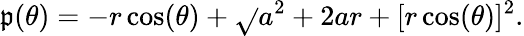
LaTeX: \mathfrak{p}(\theta)=-r\cos(\theta)+\sqrt{}{{a^{2}+2ar+[r\cos(\theta)]^{2}}}.